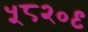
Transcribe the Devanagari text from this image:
५८२०९